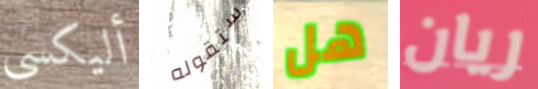
أليكسي ستقوله هل ريان